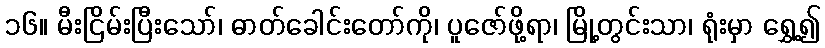
၁၆။ မီးငြိမ်းပြီးသော်၊ ဓာတ်ခေါင်းတော်ကို၊ ပူဇော်ဖို့ရာ၊ မြို့တွင်းသာ၊ ရုံးမှာ ရွှေ့၍